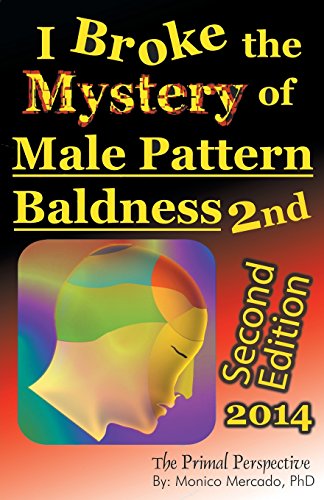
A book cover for I Broke the Mystery of Male Pattern Baldness; Monico Mercado PHD; Health, Fitness & Dieting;